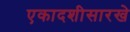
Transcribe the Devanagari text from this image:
एकादशीसारखे